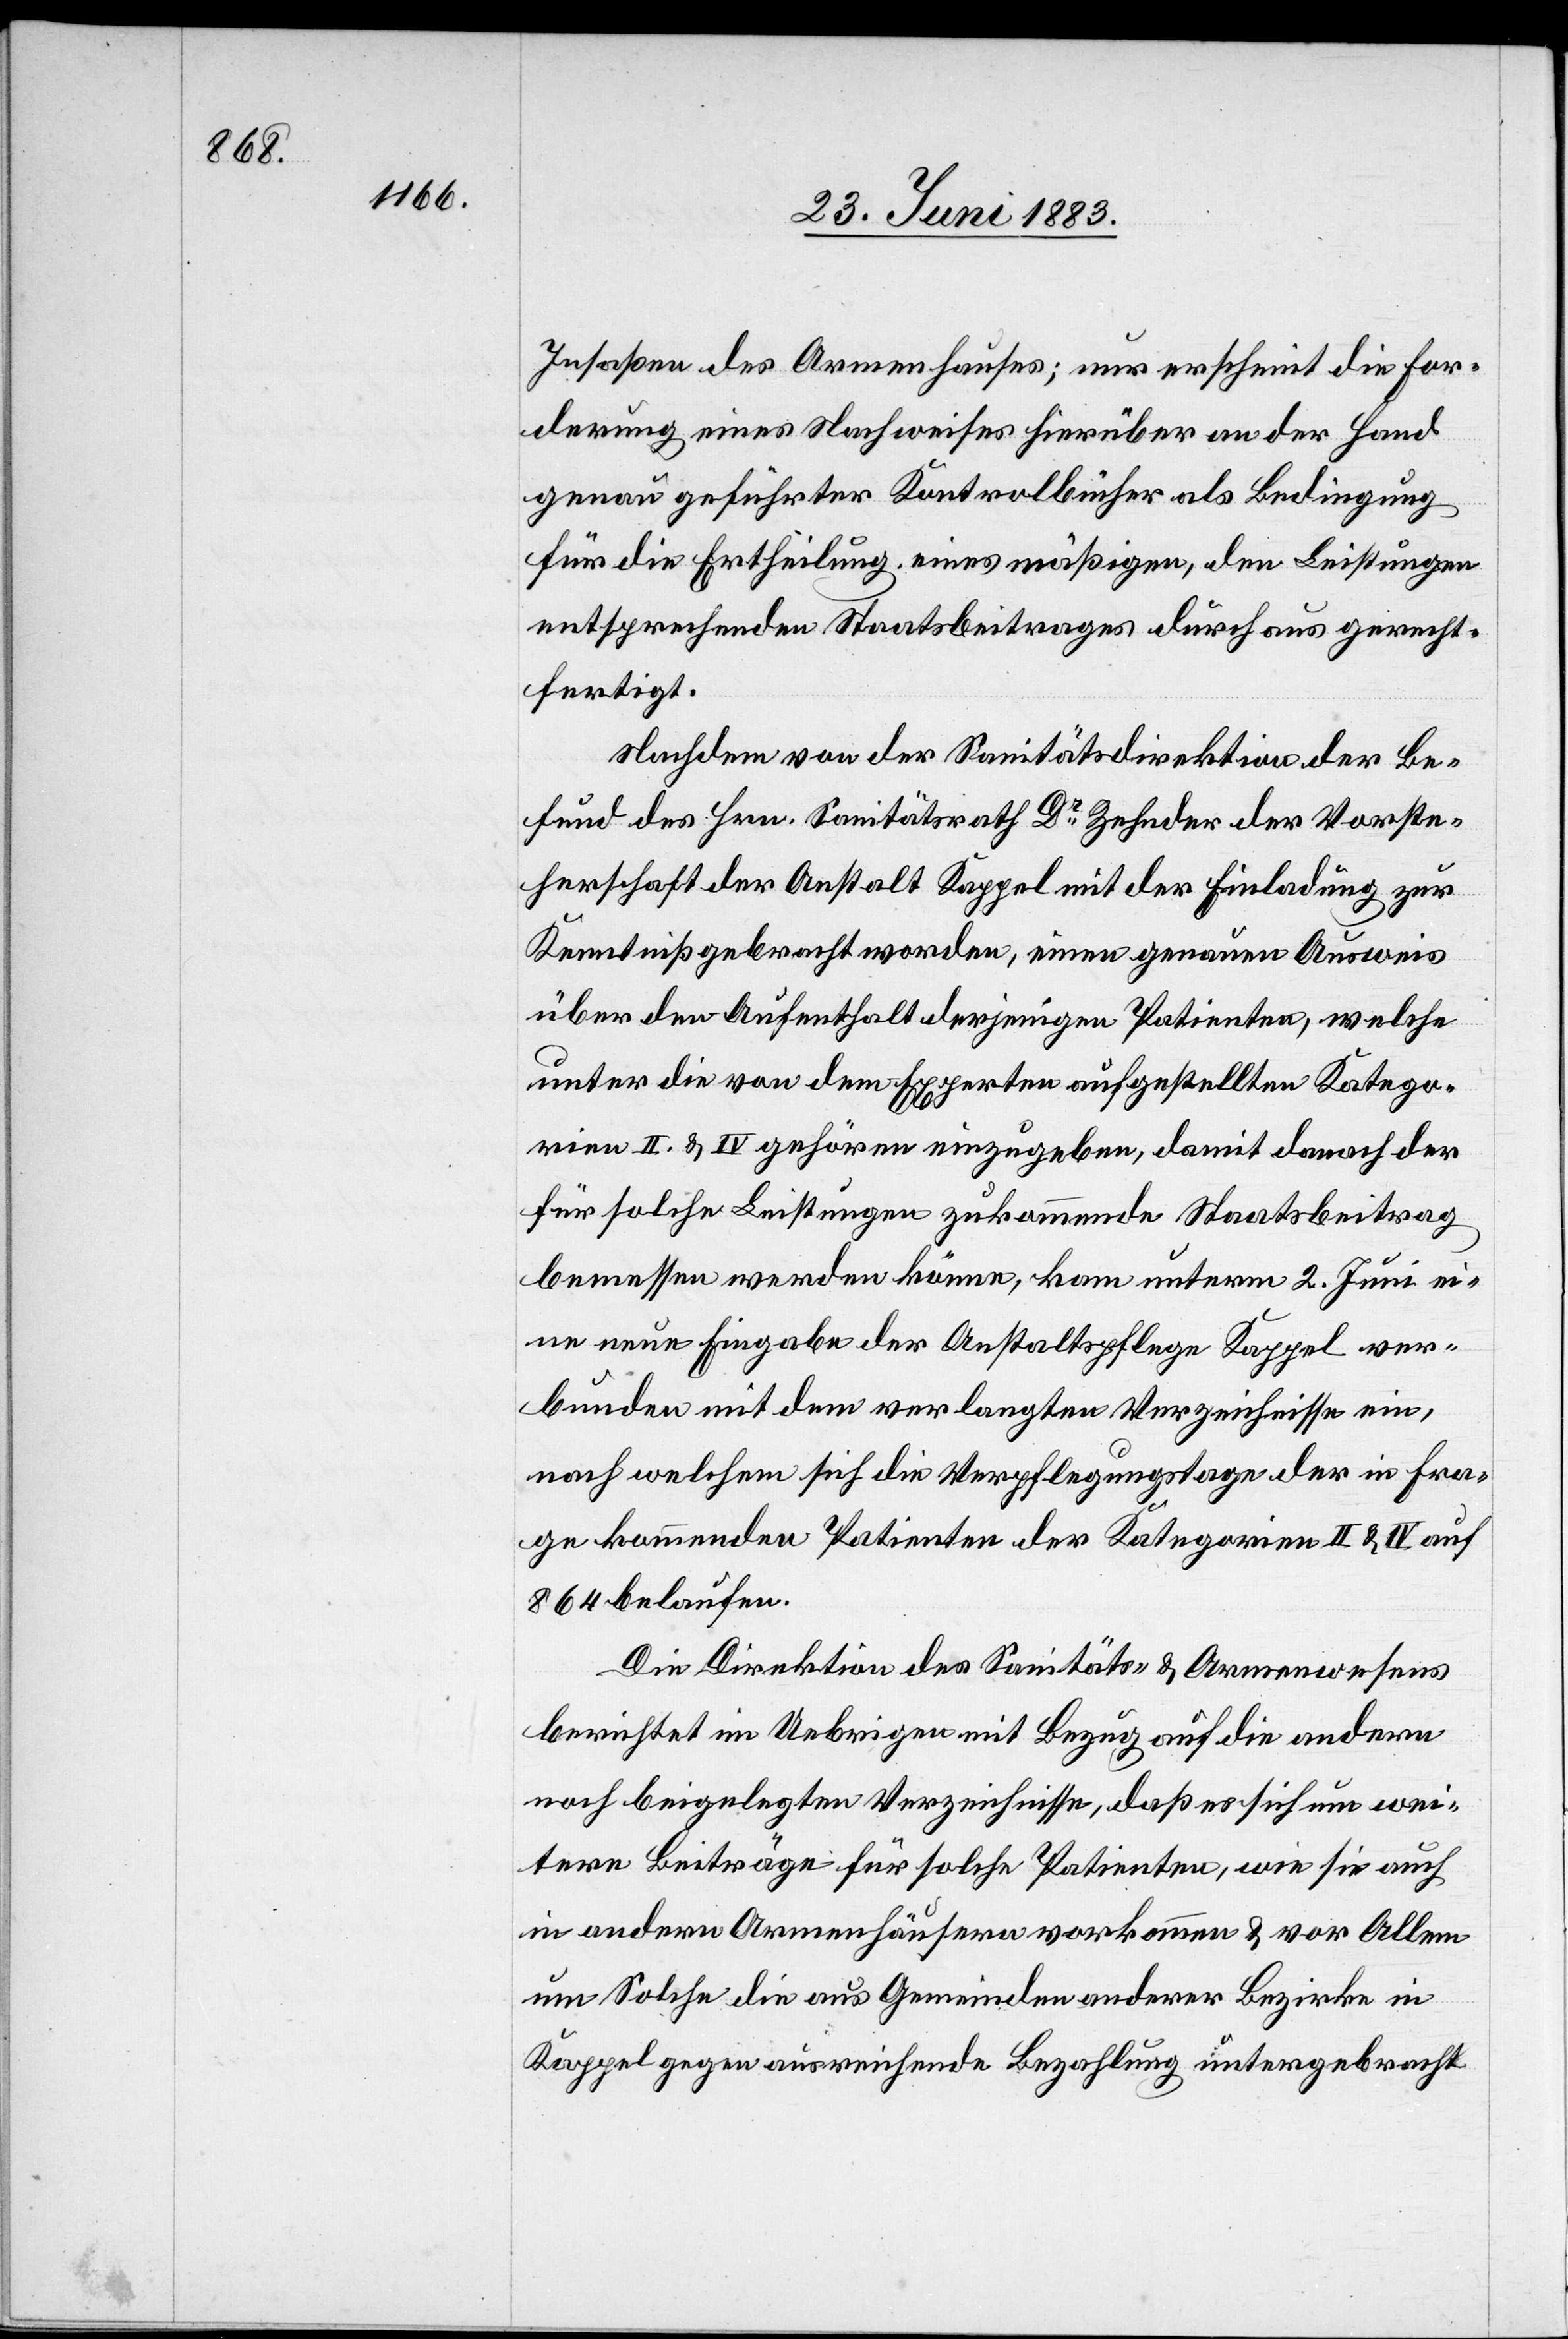
Insassen des Armenhauses; nur erscheint die For¬
derung eines Nachweises hierüber an der Hand
genau geführter Kontrolbücher als Bedingung
für die Ertheilung eines mäßigen, den Leistungen
entsprechenden Staatsbeitrages durchaus gerecht¬
fertigt.
Nachdem von der Sanitätsdirektion der Be¬
fund des Hrn. Sanitätsrath Dr Zehnder der Vorste¬
herschaft der Anstalt Kappel mit der Einladung zur
Kenntniß gebracht worden, einen genauen Ausweis
über den Aufenthalt derjenigen Patienten, welche
unter die von dem Experten aufgestellten Katego¬
rien II. & IV. gehören einzugeben, damit danach der
für solche Leistungen zukommende Staatsbeitrag
bemessen werden könne, kam unterm 2. Juni ei¬
ne neue Eingabe der Anstaltspflege Kappel ver¬
bunden mit dem verlangten Verzeichnisse ein,
nach welchem sich die Verpflegungstage der in Fra¬
ge kommenden Patienten der Kategorien II & IV auf
864 belaufen.
Die Direktion des Sanitäts- & Armenwesens
berichtet im Uebrigen mit Bezug auf die andern
noch beigelegten Verzeichnisse, daß es sich um wei¬
tere Beiträge für solche Patienten, wie sie auch
in andern Armenhäusern vorkommen & vor Allem
um Solche die aus Gemeinden anderer Bezirke in
Kappel gegen ausreichende Bezahlung untergebracht